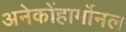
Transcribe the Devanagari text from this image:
अनेकोंहार्मोनल